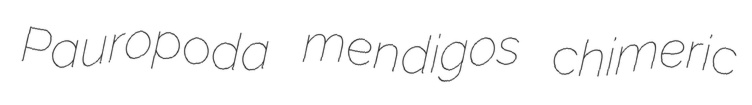
Pauropoda mendigos chimeric